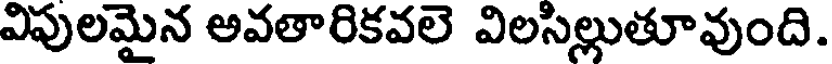
విపులమైన అవతారికవలె విలసిల్లుతూవుంది.